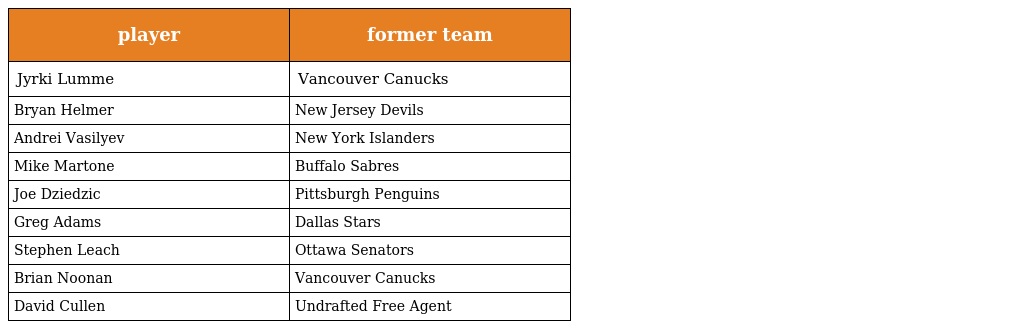
| player | former team |
 | --- | --- |
 | Jyrki Lumme | Vancouver Canucks |
 | Bryan Helmer | New Jersey Devils |
 | Andrei Vasilyev | New York Islanders |
 | Mike Martone | Buffalo Sabres |
 | Joe Dziedzic | Pittsburgh Penguins |
 | Greg Adams | Dallas Stars |
 | Stephen Leach | Ottawa Senators |
 | Brian Noonan | Vancouver Canucks |
 | David Cullen | Undrafted Free Agent |